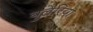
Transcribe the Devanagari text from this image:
बुलेरिया